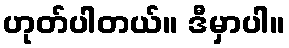
ဟုတ်ပါတယ်။ ဒီမှာပါ။